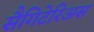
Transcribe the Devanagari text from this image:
सैगिटेरिअस